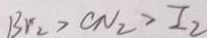
B r _ { 2 } > C N _ { 2 } > I _ { 2 }